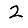
Digit: 2